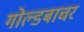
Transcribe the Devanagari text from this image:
गोल्डबाचर